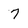
Character: 7